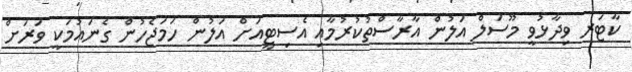
ކާޓަރ ވިދާޅުވީ މޫސަލް އަލުން އާރާސްތުކުރުމާއި އެސިޓީއަށް އަލުން ހަމަޖެހުން ގެނައުމަކީ ވަރަށް